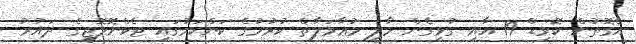
އެގޮތުން ކޮވިޑް-19 އާއި ގުޅިގެން މާލީ މުޢާމަލާތް ކުރުމުގެ ކަންކަމުގައި ޓެކްނޮލޮޖީގެ ދައުރު